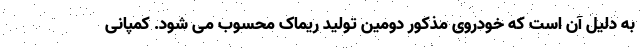
به دلیل آن است که خودروی مذکور دومین تولید ریماک محسوب می شود. کمپانی